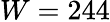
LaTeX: W=244